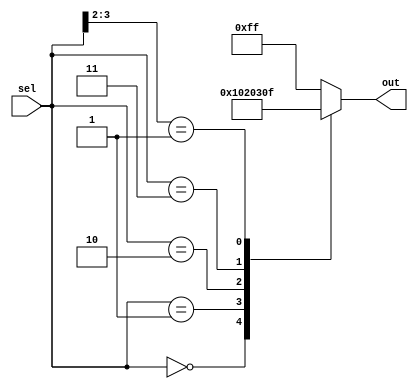
module casez_example (
    input [3:0] sel,
    output reg [7:0] out
);

always @(*)
begin
    casez(sel)
        4'b0000: out = 8'b00000000;
        4'b0001: out = 8'b00000001;
        4'b0010: out = 8'b00000010;
        4'b0011: out = 8'b00000011;
        4'b01??: out = 8'b00001111;
        default: out = 8'b11111111;
    endcase
end

endmodule